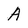
Character: A